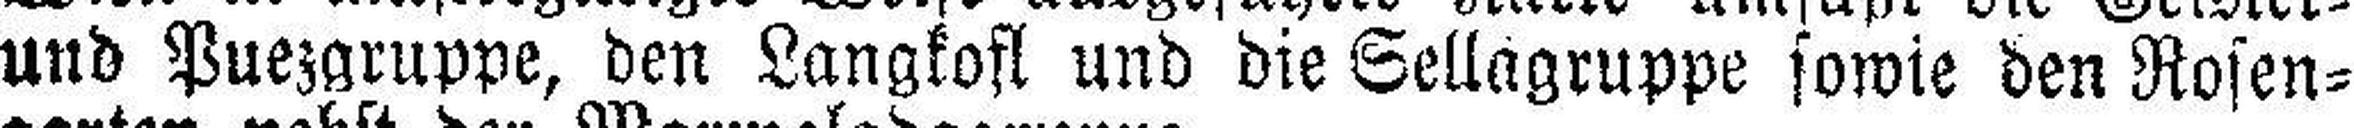
und Puezgruppe, den Langkofl und die Sellagruppe sowie den Rosen¬